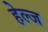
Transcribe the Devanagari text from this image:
हेल्ज